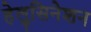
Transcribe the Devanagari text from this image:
हेलुसिनेशन